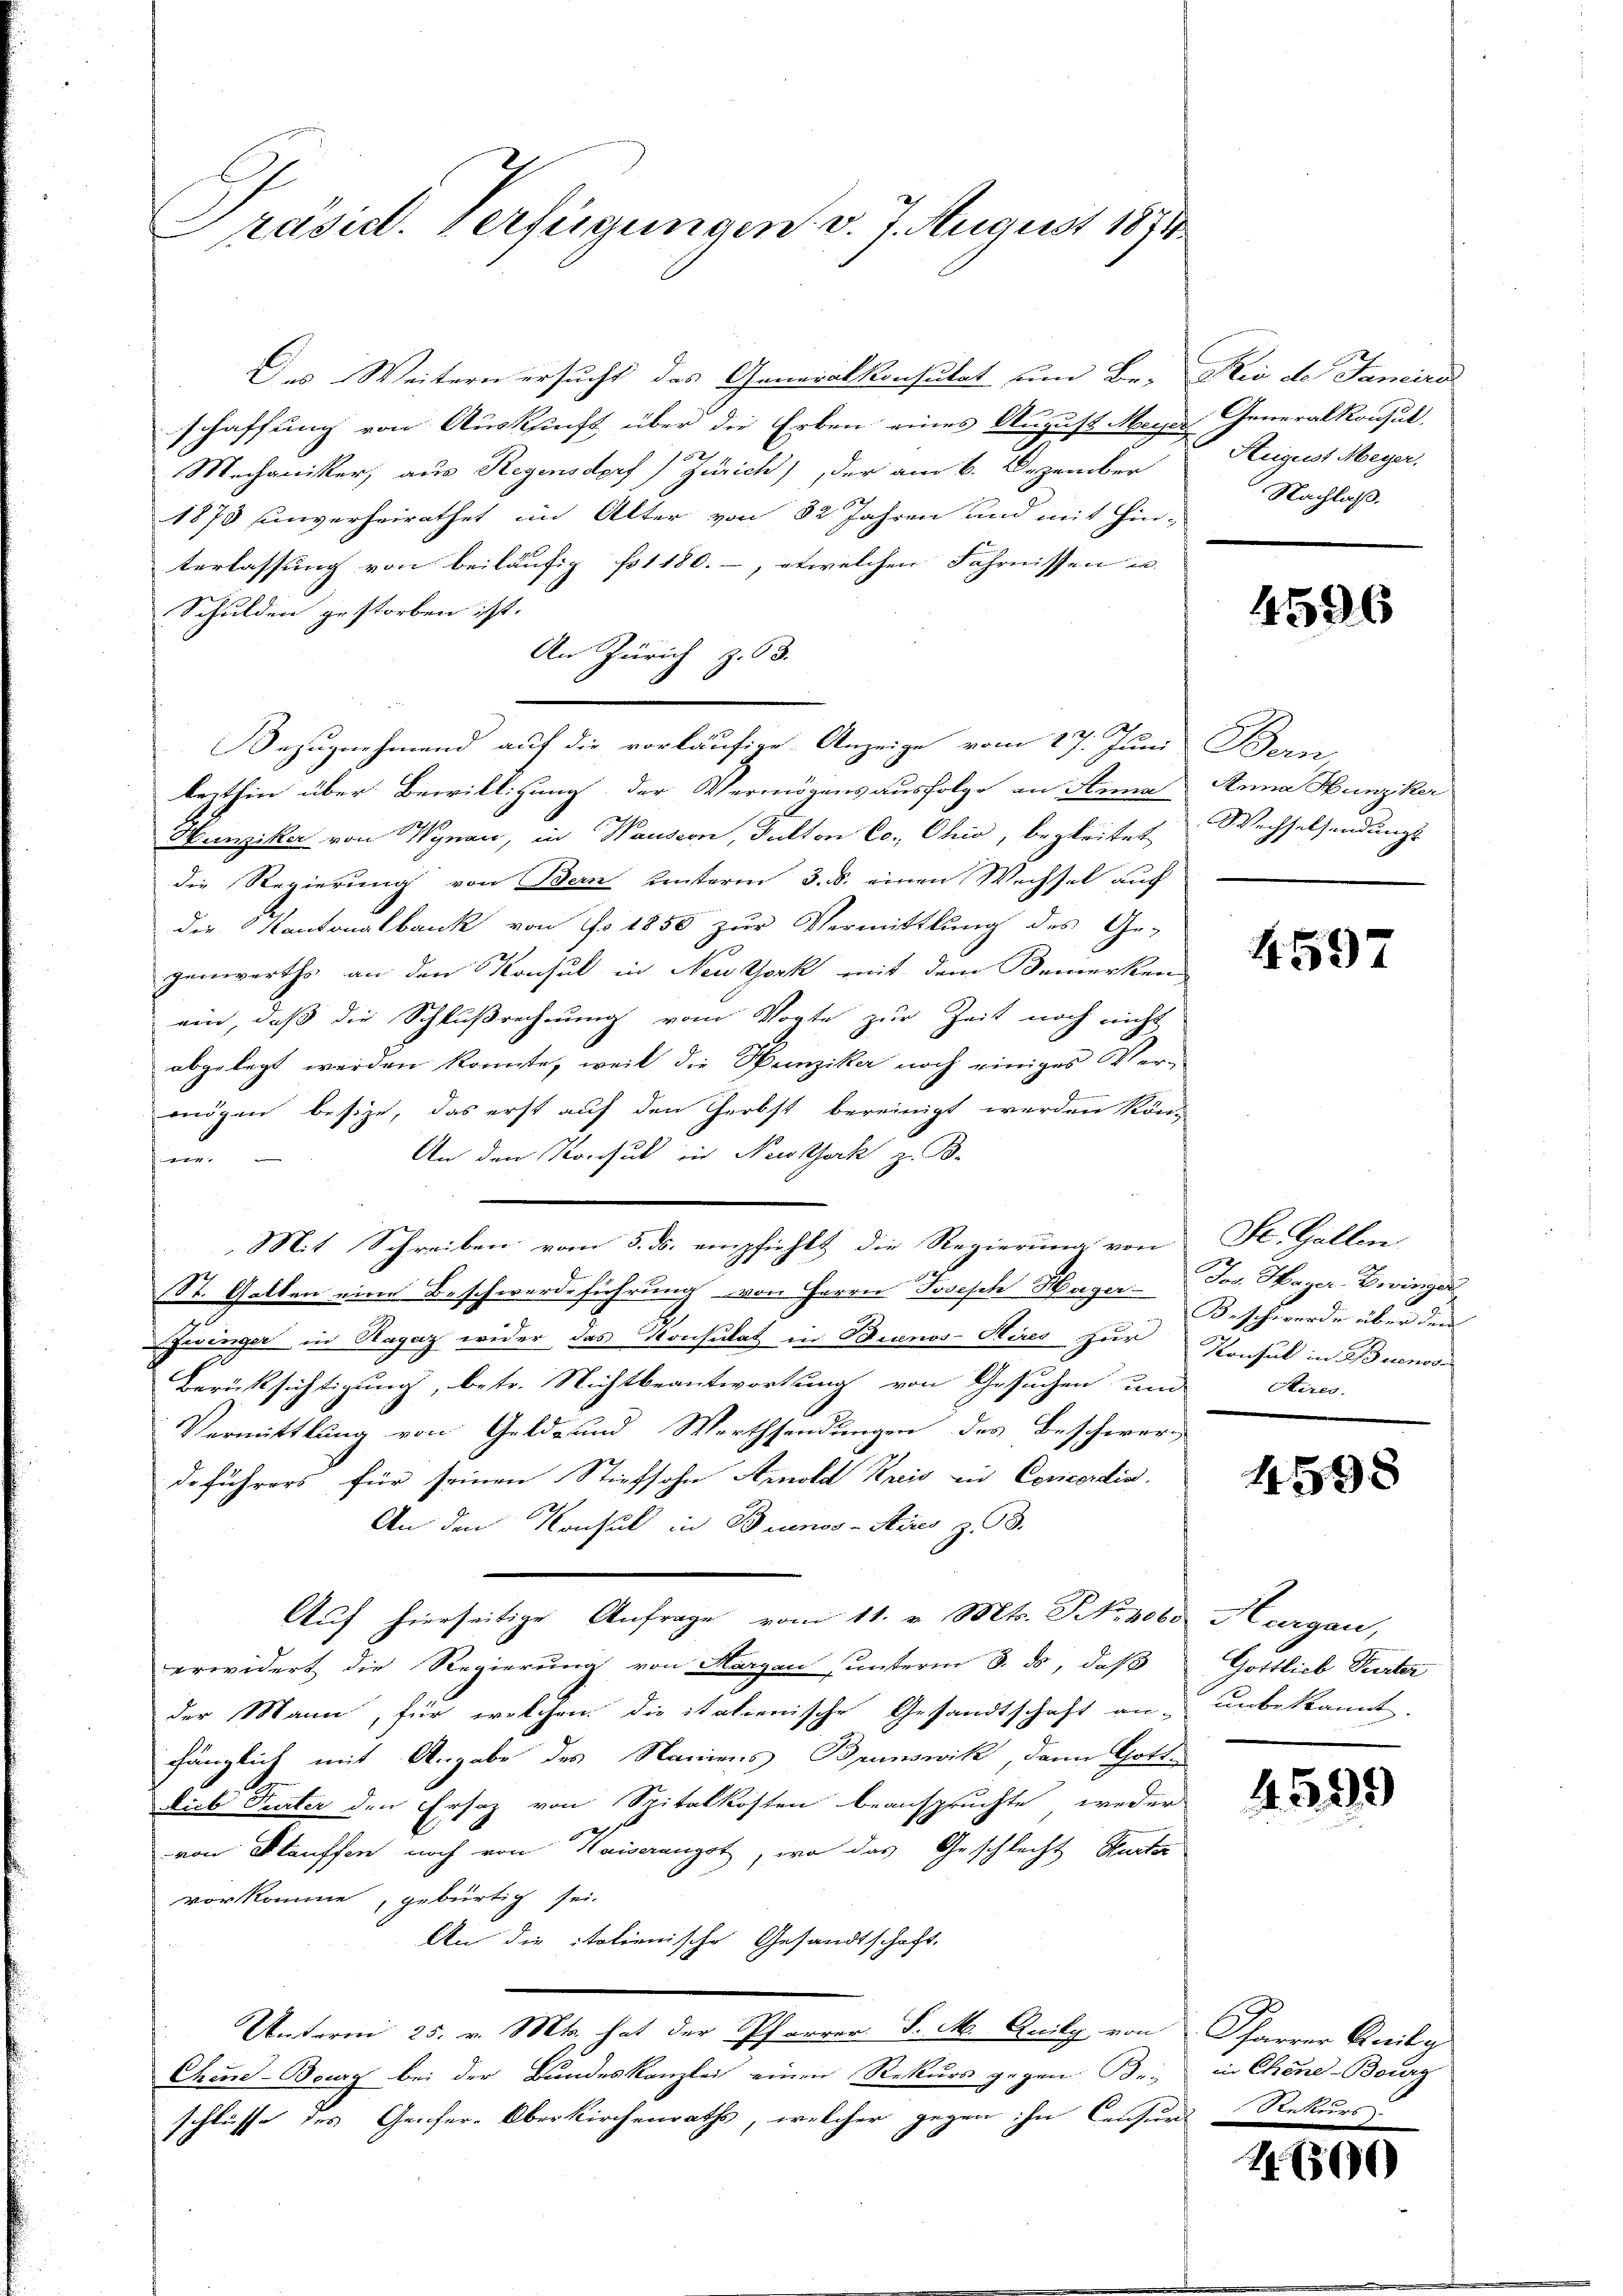
x
rasid. Verfügungen v. 7. August 1874

Des Weitern ersucht das Generalkonsulat ein Be- Rio de Janeiro
3
schaffung von Auskunft über die Erben eines August Meiser Generalkonsul,
2
Mechaniker, aus Regensdorf) Zürich), der am 6. Dezember
1870 unverheirathet in Alter von 32 Jahren und mit Hin-
terlassung von beiläufig fo1180.-, etwelchen Fahrnissen un
Schulden gestorben ist.
An Zürich z. 63.
Bezugnehmend auf die vorläufige Anzeige vom 17. Juni Bern
lezthin über Bewilligung der Vermögensausfolge an Anna Anna Hunziker
Hunziker von Wynau, in Hausern, Pulton Co., Ohio, begleitet Wechselsendungs-
die Regierung von Bern unterm 3. S. einen Wechsel auf
die Kantonalbank von No 1850 zur Vermittlung des Ge-
genwerths an den Konsul in New York mit dem Bemerken
ein, daß die Schlußrechnung vom Vogte zur Zeit noch nicht
abgelegt werden könnte, weil die Hunziker noch einiges Ver-
b
mögen besize, das erst auf den Herbst bereinigt werden kön-
An den Konsul in Nestock z. B.
un
Mit Schreiben vom 5. ds. empfiehlt die Regierung von St. Gallen
St. Gatten eine Beschwerdeführung von Herrn Joseph Hager- Jos. Hager-Zwinger
.
Zwinger in Ragaz wider das Konsulat in Buenos-Kires zur Konsul in Buenoss
Berücksichtigung, betr. Nichtbeantwortung von Gesuchen und
Vermittlung von Geld- und Werthsendungen des Beschwerz
deführers für seinen Stiefsohn Amold Kreis in Concordis.
An den Konsul in Buenos-Ayres z. 93.
Auf hierseitige Anfrage vom 11. v. Mts. No. 1060 Hurgau,
erwidert die Regierung von Thurgau unterm 8. ds, daß
der Mann, für welchen die italienische Gesandtschaft an unbekannt.
fänglich mit Angabe des Namens Brunswik, dann Gotte
Aub Veter den Ersatz von Spitalkosten beanspruchte weder
von Stauffen noch von Kaiserungst, wo das Geschlecht Murter
vorkomme, gebürtig sei.
An die italienische Gesandtschaft.
Unterm 25. v. Mts. hat der Pfarrer S. M. Anilg von Pfarrer Anily
Chine-Bourg bei der Bundeskanzlei einen Rekurs gegen Beschlüsse des Geister-Oberkirchenraths, welcher gegen ihn Censurs

Hugust Meyer.
Nachlaß.

4596

4597

Beschwerde über dem
Aires.

4598

Gottlieb Seiter

4599

in Chene Bourg
Rekurs

1.600